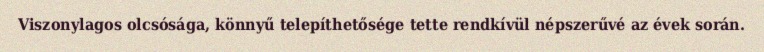
Viszonylagos olcsósága, könnyű telepíthetősége tette rendkívül népszerűvé az évek során.